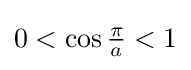
0<\cos {\tfrac {\pi }{a}}<1